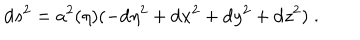
LaTeX: \mathrm { d } s ^ { 2 } = a ^ { 2 } ( \eta ) ( - \mathrm { d } \eta ^ { 2 } + \mathrm { d } x ^ { 2 } + \mathrm { d } y ^ { 2 } + \mathrm { d } z ^ { 2 } ) \; .